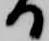
る